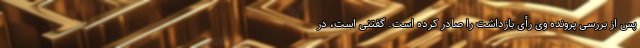
پس از بررسی پرونده وی رأی بازداشت را صادر کرده است. گفتنی است، در